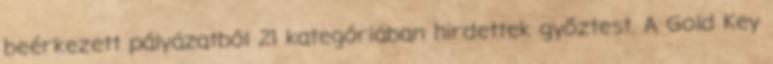
beérkezett pályázatból 21 kategóriában hirdettek győztest. A Gold Key